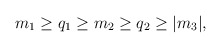
\begin{align*}m_1 \ge q_1 \ge m_2 \ge q_2 \ge \vert m_3 \vert , \end{align*}